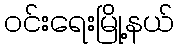
ဝင်းရေးမြို့နယ်